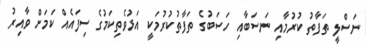
ނަސްލީ ތަފާތު ކުރުމާއި ނަސަބާއި ހަސަބުގެ ތަފާތުކުރުމަކީ އަޅުވެތިކަމުގެ ސިފައެއް ކަމަށް ވާއިރު